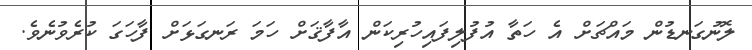
ލޮނުގަނޑުން މައްޗަށް އެ ހަތާ އުފުލިފައިހުރިކަން އާފާޤަށް ހަމަ ރަނގަޅަށް ފާހަގަ ކުރެވުނެވެ.